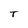
Character: T